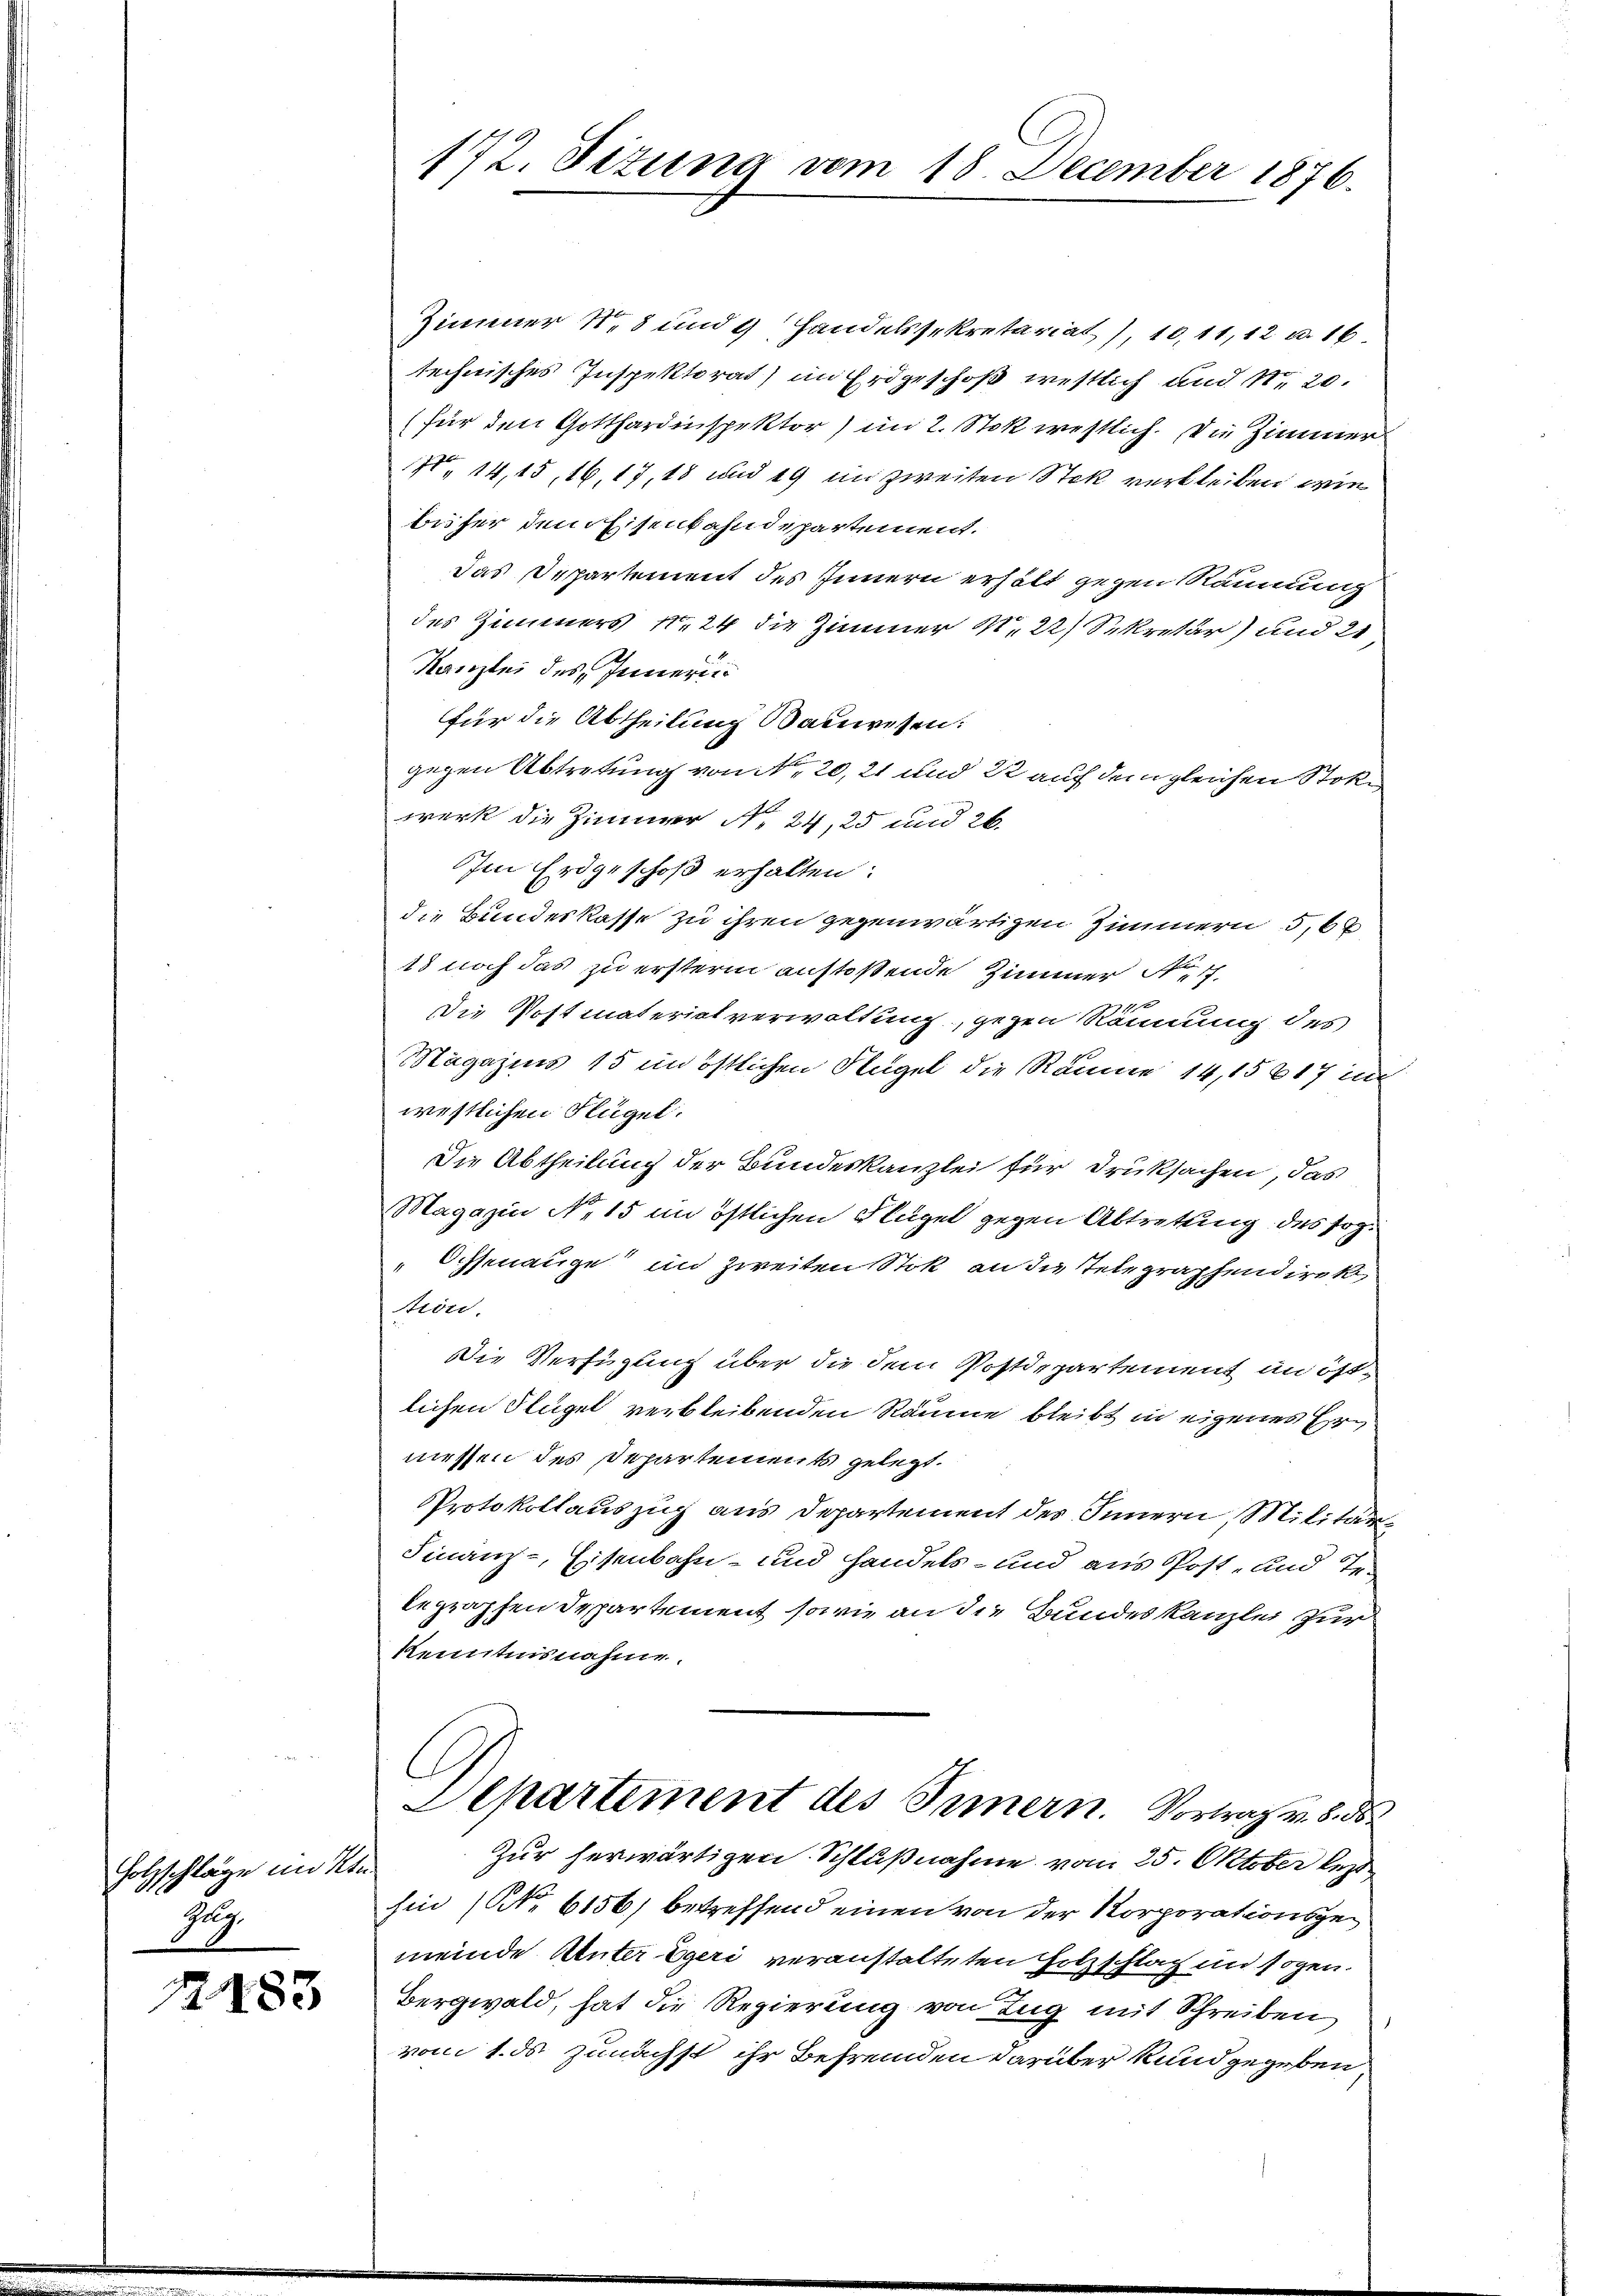
Holzschläge im Kt.
Zug.

2183

172. Titung vom 18 December 1876.

Zimmer N. 8 und 2 Handelssekretariat, 10,11, 12 u. 16
technisches Inspektorat) im Erdgeschoß westlich und No 20.
(für den Gotthardinspektor) im 2. Stok westlich. Die Zimmer
114, 15, 16, 17, 18 und 49 im zweiten Stek verbleiben wie
beher dem Eisenbahndepartement.
das Departement des Innern erhält gegen Räumung
des Zimmers N. 24 die Zimmer N. 22) Sekretär) und 21
Kanzlei des Innern
für die Abtheilung Bauwesen:
gegen Abtretung von Nr. 20,21 und 22 auf dem gleichen Stokwerk die Zimmer No 24, 25 und 26.
Im Erdgeschoß erhalten:
die Bundeskasse zu ihren gegenwärtigen Zimmern 5, 6
13 noch das zu ersterm anstoßende Zimmer Sch
1
Die Postmaterietverwaltung, gegen Rönnung des
Magazins 15 in östlichen Flügel die Räume 14, 15617 im
westlichen Flügel.
Die Abtheilung der Bundeskanzlei für Druksachen, das
Magazin No 15 im östlichen Flügel gegen Abtretung des sog.
Ochsenange im Zweiten Stok an die Telegraphendirek
tion.
Die Verfügung über die dem Postdepartement an östlichen Flügel verbleibenden Räume bleibt in eigenes Hrn
miessen des Departements gelegt.
Protokollauszug aus Departement des Innern, Militär
Finanz-Eisenbahn- und handels- und aus Post- und Telegraphen Departement, sowie an die Bundeskanzlei zur
Kenntnisnahme.
C
Departement des Innern. Vortrag v. 5. d.
Zur herwärtigen Schlußnahme vom 25. Oktober lezt
hin (NNo. 6156) betreffend einen von der Korporationsgemeinde Unter Egeri veranstalteten Holzschlag in sogen.
Bergwald, hat die Regierung von Zug mit Schreiben
vom 1. ds zunächst ihr Befremden darüber kundgegeben